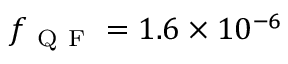
f _ { \mathrm { ~ Q ~ F ~ } } = 1 . 6 \times 1 0 ^ { - 6 }